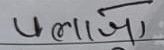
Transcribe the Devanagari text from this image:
पलाञ्चो